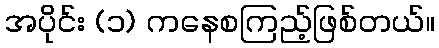
အပိုင်း (၁) ကနေစကြည့်ဖြစ်တယ်။